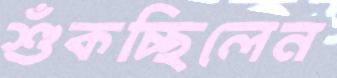
শুঁকচ্ছিলেন